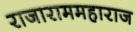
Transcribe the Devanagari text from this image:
राजाराममहाराज